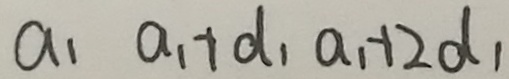
a _ { 1 } a _ { 1 } + d _ { 1 } a _ { 1 } + 2 d _ { 1 }